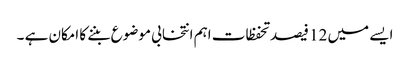
ایسے میں 12 فیصد تحفظات اہم انتخابی موضوع بننے کا امکان ہے ۔